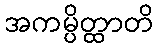
အကမ္ပိတ္ထာတိ